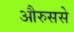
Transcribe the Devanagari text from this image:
औरुससे